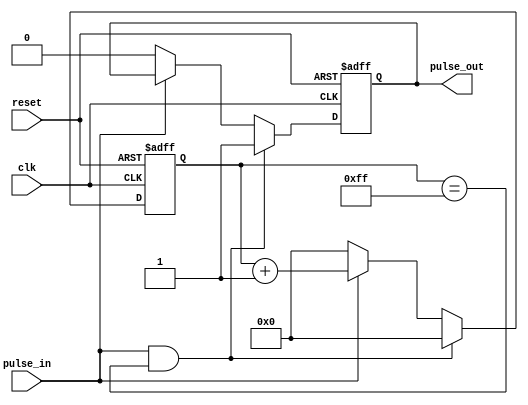
module PulseSynchronizer (
    input wire clk,
    input wire reset,
    input wire pulse_in,
    output reg pulse_out
);

reg [7:0] counter;

always @(posedge clk or posedge reset) begin
    if (reset) begin
        counter <= 8'b0;
        pulse_out <= 1'b0;
    end else begin
        if (pulse_in && counter == 8'hFF) begin
            pulse_out <= 1'b1;
            counter <= 8'b0;
        end else if (pulse_in) begin
            counter <= counter + 1;
        end else begin
            pulse_out <= 1'b0;
            counter <= 8'b0;
        end
    end
end

endmodule